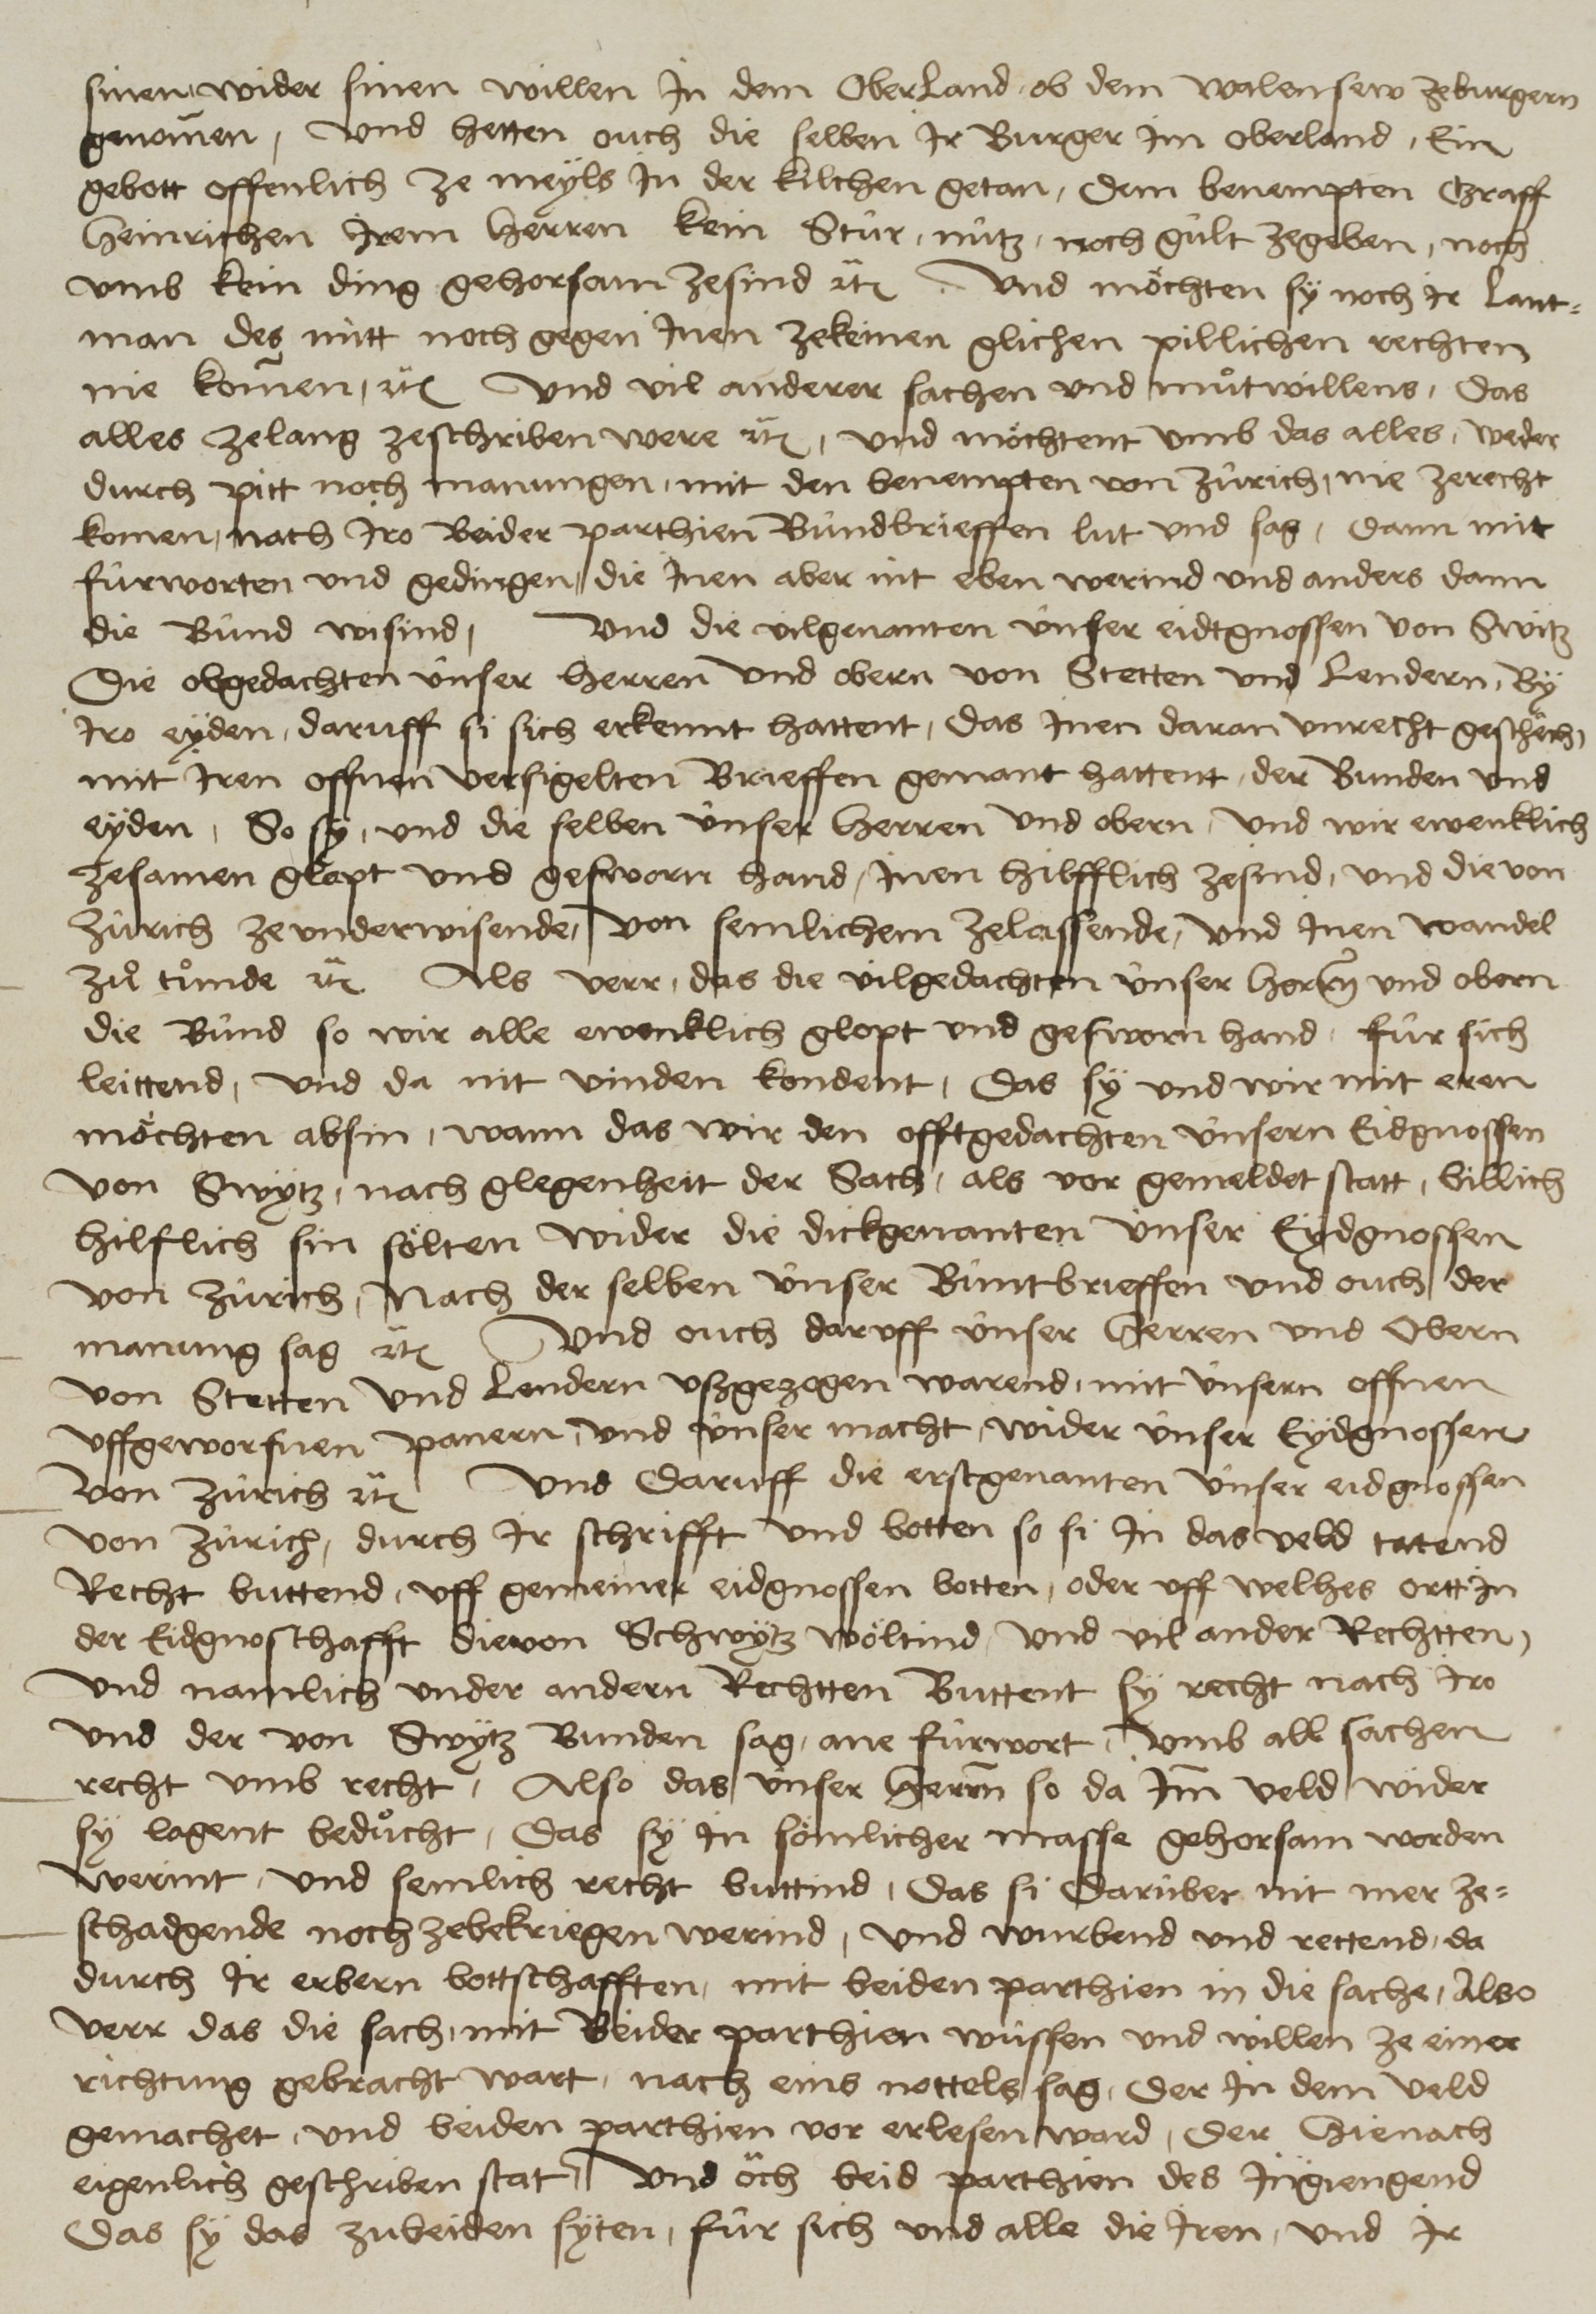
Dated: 1450–1599